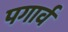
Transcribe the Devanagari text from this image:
पगार्व